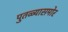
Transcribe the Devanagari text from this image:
पुतळ्यासमोर